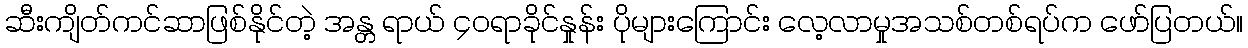
ဆီးကျိတ်ကင်ဆာဖြစ်နိုင်တဲ့ အန္တ ရာယ် ၄၀ရာခိုင်နှုန်း ပိုများကြောင်း လေ့လာမှုအသစ်တစ်ရပ်က ဖော်ပြတယ်။